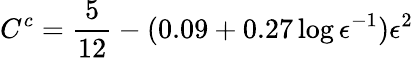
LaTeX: C^{c}=\frac{5}{12}-(0.09+0.27\log{\epsilon^{-1}})\epsilon^{2}